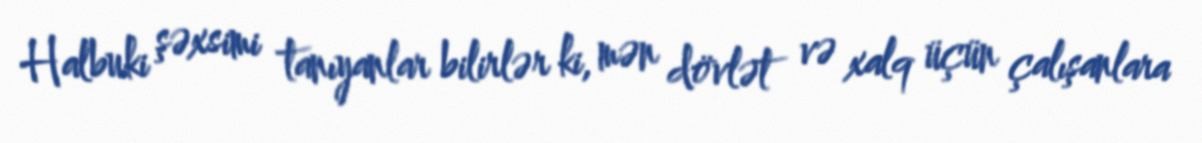
Halbuki şəxsimi tanıyanlar bilirlər ki, mən dövlət və xalq üçün çalışanlara